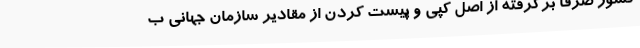
کشور صرفا برگرفته از اصل کپی و پیست کردن از مقادیر سازمان جهانی ب